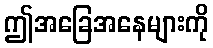
ဤအခြေအနေများကို